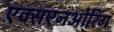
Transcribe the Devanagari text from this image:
एक्सएनओरिंग